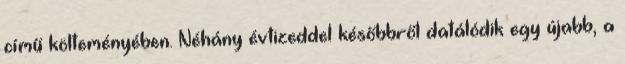
című költeményében. Néhány évtizeddel későbbről datálódik egy újabb, a